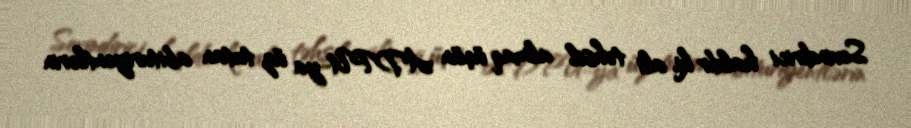
Sevindirici haldır ki, ali təhsil almaq üçün ADPU-ya üz tutan abituriyentlərin